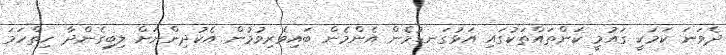
ދެވަނަ ކަމަކީ ގައުމީ ކަންތައްތަކުގައި އަޅުގަނޑުމެން އެންމެން ބައިވެރިވުމުން އެކުދިންނަށް ލިބިގެންދާ ހިތްހަމަ